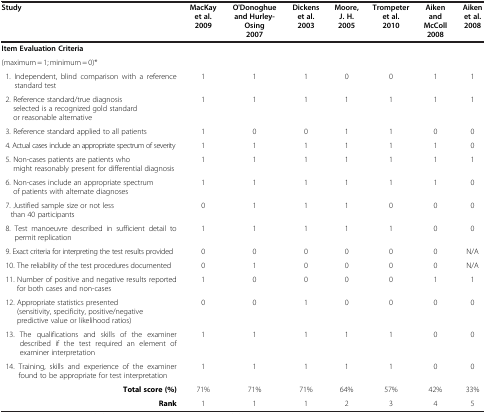
<table><thead><tr><td><b>Study</b></td><td><b>MacKay et al. 2009</b></td><td><b>O&#x27;Donoghue and Hurley-Osing 2007</b></td><td><b>Dickens et al. 2003</b></td><td><b>Moore, J. H. 2005</b></td><td><b>Trompeteret al. 2010</b></td><td><b>Aiken and McColl 2008</b></td><td><b>Aiken et al. 2008</b></td></tr></thead><tbody><tr><td><b>Item Evaluation Criteria</b></td><td> </td><td> </td><td> </td><td> </td><td> </td><td> </td><td> </td></tr><tr><td>(maximum = 1; minimum = 0)*</td><td> </td><td> </td><td> </td><td> </td><td> </td><td> </td><td> </td></tr><tr><td> 1. Independent, blind comparison with a reference standard test </td><td>1</td><td>1</td><td>1</td><td>0</td><td>0</td><td>1</td><td>1</td></tr><tr><td> 2. Reference standard/true diagnosis selected is a recognized gold standard or reasonable alternative</td><td>1</td><td>1</td><td>1</td><td>1</td><td>1</td><td>1</td><td>1</td></tr><tr><td> 3. Reference standard applied to all patients</td><td>1</td><td>0</td><td>0</td><td>1</td><td>1</td><td>0</td><td>0</td></tr><tr><td> 4. Actual cases include an appropriate spectrum of severity</td><td>1</td><td>1</td><td>1</td><td>1</td><td>1</td><td>1</td><td>0</td></tr><tr><td> 5. Non-cases patients are patients who might reasonably present for differential diagnosis</td><td>1</td><td>1</td><td>1</td><td>1</td><td>1</td><td>1</td><td>1</td></tr><tr><td> 6. Non-cases include an appropriate spectrum of patients with alternate diagnoses</td><td>1</td><td>1</td><td>1</td><td>1</td><td>1</td><td>1</td><td>0</td></tr><tr><td> 7. Justified sample size or not less than 40 participants</td><td>0</td><td>1</td><td>1</td><td>1</td><td>0</td><td>0</td><td>0</td></tr><tr><td> 8. Test manoeuvre described in sufficient detail to permit replication</td><td>1</td><td>1</td><td>1</td><td>1</td><td>1</td><td>0</td><td>0</td></tr><tr><td> 9. Exact criteria for interpreting the test results provided</td><td>0</td><td>0</td><td>0</td><td>0</td><td>0</td><td>0</td><td>N/A</td></tr><tr><td> 10. The reliability of the test procedures documented</td><td>0</td><td>1</td><td>0</td><td>0</td><td>0</td><td>0</td><td>N/A</td></tr><tr><td> 11. Number of positive and negative results reported for both cases and non-cases</td><td>1</td><td>0</td><td>0</td><td>0</td><td>0</td><td>1</td><td>1</td></tr><tr><td> 12. Appropriate statistics presented (sensitivity, specificity, positive/negative predictive value or likelihood ratios) </td><td>0</td><td>0</td><td>1</td><td>0</td><td>0</td><td>0</td><td>0</td></tr><tr><td> 13. The qualifications and skills of the examiner described if the test required an element of examiner interpretation</td><td>1</td><td>1</td><td>1</td><td>1</td><td>1</td><td>0</td><td>0</td></tr><tr><td> 14. Training, skills and experience of the examiner found to be appropriate for test interpretation</td><td>1</td><td>1</td><td>1</td><td>1</td><td>1</td><td>0</td><td>0</td></tr><tr><td><b>Total score (%)</b></td><td>71%</td><td>71%</td><td>71%</td><td>64%</td><td>57%</td><td>42%</td><td>33%</td></tr><tr><td><b>Rank</b></td><td>1</td><td>1</td><td>1</td><td>2</td><td>3</td><td>4</td><td>5</td></tr></tbody></table>